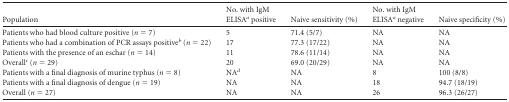
<table><thead><tr><td><b>Population</b></td><td><b>No. with IgM ELISA<sup><i>a</i></sup> positive</b></td><td><b>Naive sensitivity (%)</b></td><td><b>No. with IgM ELISA<sup><i>a</i></sup> negative</b></td><td><b>Naive specificity (%)</b></td></tr></thead><tbody><tr><td>Patients who had blood culture positive (<i>n</i> = 7)</td><td>5</td><td>71.4 (5/7)</td><td>NA</td><td>NA</td></tr><tr><td>Patients who had a combination of PCR assays positive<sup><i>b</i></sup> (<i>n</i> = 22)</td><td>17</td><td>77.3 (17/22)</td><td>NA</td><td>NA</td></tr><tr><td>Patients with the presence of an eschar (<i>n</i> = 14)</td><td>11</td><td>78.6 (11/14)</td><td>NA</td><td>NA</td></tr><tr><td>Overall<sup><i>c</i></sup> (<i>n</i> = 29)</td><td>20</td><td>69.0 (20/29)</td><td>NA</td><td>NA</td></tr><tr><td>Patients with a final diagnosis of murine typhus (<i>n</i> = 8)</td><td>NA<sup><i>d</i></sup></td><td>NA</td><td>8</td><td>100 (8/8)</td></tr><tr><td>Patients with a final diagnosis of dengue (<i>n</i> = 19)</td><td>NA</td><td>NA</td><td>18</td><td>94.7 (18/19)</td></tr><tr><td>Overall (<i>n</i> = 27)</td><td>NA</td><td>NA</td><td>26</td><td>96.3 (26/27)</td></tr></tbody></table>